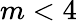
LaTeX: m<4